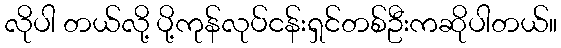
လိုပါ တယ်လို့ ပို့ကုန်လုပ်ငန်းရှင်တစ်ဦးကဆိုပါတယ်။